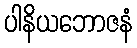
ပါနိယဘောဇနံ